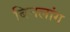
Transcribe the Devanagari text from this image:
बिनलांग